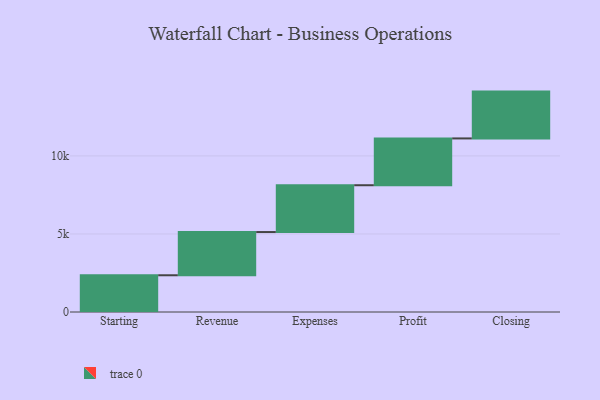
{"axis": {"x": "Step", "y": "Value"}, "legend": [""], "data": [{"x": "Starting", "y": 2354.0, "type": ""}, {"x": "Revenue", "y": 2769.0, "type": ""}, {"x": "Expenses", "y": 3000, "type": ""}, {"x": "Profit", "y": 3000, "type": ""}, {"x": "Closing", "y": 3000, "type": ""}]}